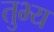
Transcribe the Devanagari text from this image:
तुभ्य